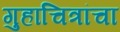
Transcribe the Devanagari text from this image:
गुहाचित्रांचा